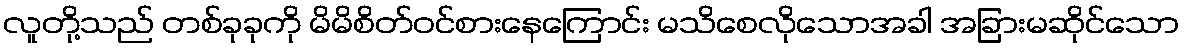
လူတို့သည် တစ်ခုခုကို မိမိစိတ်ဝင်စားနေကြောင်း မသိစေလိုသောအခါ အခြားမဆိုင်သော